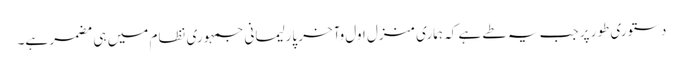
دستوری طور پر جب یہ طے ہے کہ ہماری منزل اول وآخر پارلیمانی جمہوری نظام میں ہی مضمر ہے۔